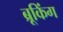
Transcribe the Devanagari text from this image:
ब्रूकिंग